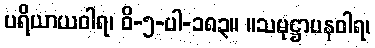
ပရိယာယဝါရ၊ ဝိ-၅-ပါ-၁၈၃။ ။သမုဋ္ဌာပနဝါရ၊